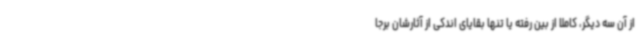
از آن سه دیگر، کاملا از بین رفته یا تنها بقایای اندکی از آثارشان برجا